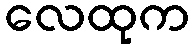
လေထုက